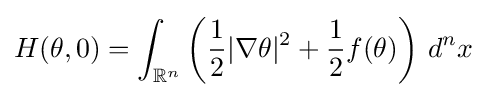
H(\theta ,0)=\int _{\mathbb {R} ^{n}}\left({\frac {1}{2}}|\nabla \theta |^{2}+{\frac {1}{2}}f(\theta )\right)\,d^{n}x